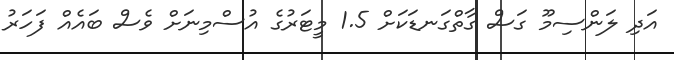
އަދި ލަންސިމޫ ގަސް ގާތްގަނޑަކަށް 1.5 މީޓަރުގެ އުސްމިނަށް ވެސް ބައެއް ފަހަރު